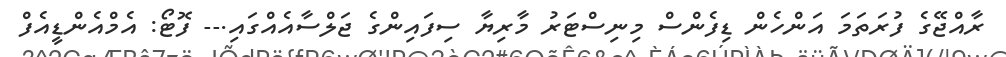
ރާއްޖޭގެ ފުރަތަމަ އަންހެން ޑިފެންސް މިނިސްޓަރު މާރިޔާ ސިފައިންގެ ޖަލްސާއެއްގައި.-- ފޮޓޯ: އެމްއެންޑީއެފް